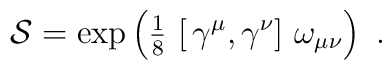
\mathcal{S} = \exp \left( \mbox{$\frac{1}{8}$} \, \left[ \, \gamma^{\mu} ,  \gamma^{\nu} \right] \,\omega_{\mu \nu} \right)~.